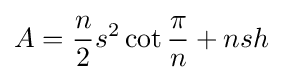
A={\frac {n}{2}}s^{2}\cot {\frac {\pi }{n}}+nsh